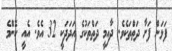
ފަޅަން ފަށާ ދަތްތަކެވެ. ދާއިމީ ދަތްތަކުގެ އަދަދަކީ 32 އެވެ. އެއީ ކޮންމެ